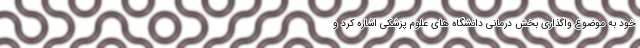
خود به موضوع واگذاری بخش درمانی دانشگاه های علوم پزشکی اشاره کرد و